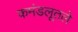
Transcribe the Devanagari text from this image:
कमंडलूतले